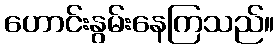
ဟောင်းနွမ်းနေကြသည်။